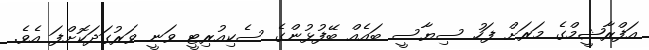
އަފްރާޝީމްގެ މަރަށް ފަހު ސިޔާސީ ބައެއް ބޭފުޅުންގެ ސެކިއުރިޓީ ވަނީ ވަރުގަދަކޮށްފަ އެވެ.